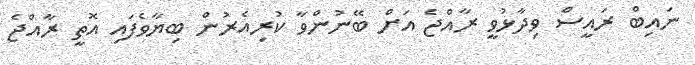
ނައިބް ރައީސް ވިދާޅުވީ ރާއްޖެ އަށް ބޭނުންވާ ކުރިއެރުން ބިޔާވެފައި އޮތީ ރާއްޖެ